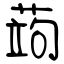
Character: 蒟